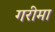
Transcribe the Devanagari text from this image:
गरीमा